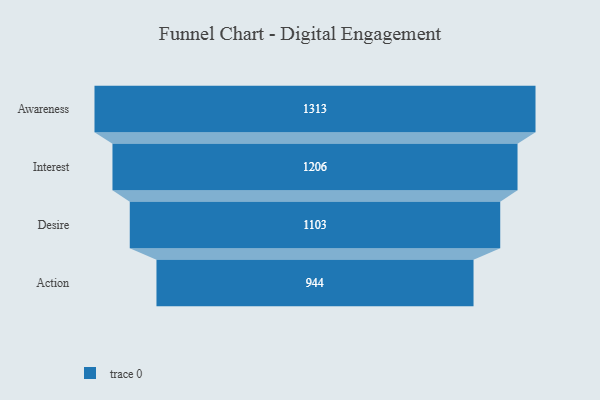
{"axis": {"x": "Stage", "y": "Value"}, "legend": [""], "data": [{"x": "Awareness", "y": 1313.0, "type": ""}, {"x": "Interest", "y": 1206.0, "type": ""}, {"x": "Desire", "y": 1103.0, "type": ""}, {"x": "Action", "y": 944.0, "type": ""}]}